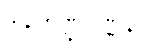
ဒါနကဏ္ဍဝဏ္ဏနာ